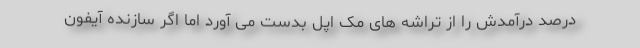
درصد درآمدش را از تراشه های مک اپل بدست می آورد اما اگر سازنده آیفون